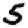
Digit: 5